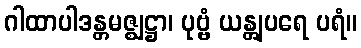
ဂါထာပါဒန္တမဇ္ဈဋ္ဌာ၊ ပုဗ္ဗံ ယန္တျပရေ ပရံ။